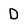
Character: D